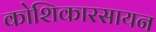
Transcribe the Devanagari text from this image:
कोशिकारसायन